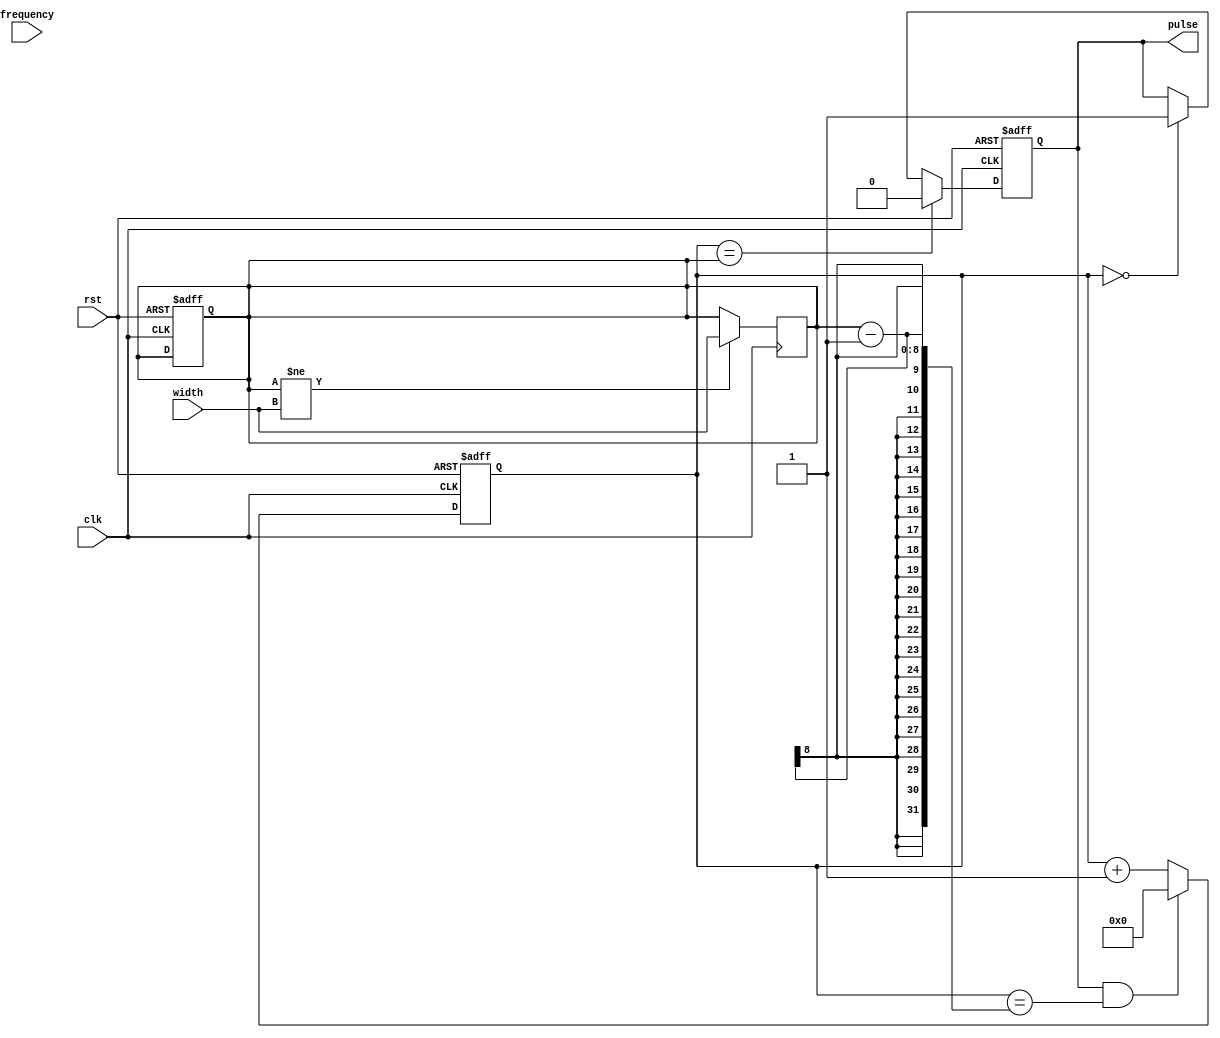
module PulseGenerator (
  input clk,
  input rst,
  input [7:0] width,
  input [15:0] frequency,
  output reg pulse
);

reg [15:0] counter;
reg [7:0] pulseWidth;
reg [15:0] pulseFrequency;

always @(posedge clk or posedge rst) begin
  if (rst) begin
    counter <= 16'd0;
    pulseWidth <= 8'd0;
    pulseFrequency <= 16'd0;
    pulse <= 1'b0;
  end else begin
    if (counter == pulseWidth) begin
      pulse <= 1'b0;
    end else if (counter == 16'd0) begin
      pulse <= 1'b1;
    end
    
    if (pulse == 1'b1 && counter == pulseWidth - 1) begin
      counter <= 16'd0;
    end else begin
      counter <= counter + 1;
    end
  end
end

always @(posedge clk) begin
  if (pulseFrequency != frequency) begin
    pulseFrequency <= frequency;
  end
  if (pulseWidth != width) begin
    pulseWidth <= width;
  end
end

endmodule